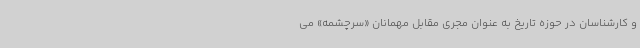
و کارشناسان در حوزه تاریخ به عنوان مجری مقابل مهمانان «سرچشمه» می